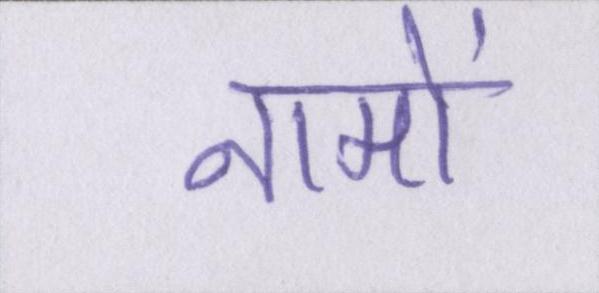
नामों